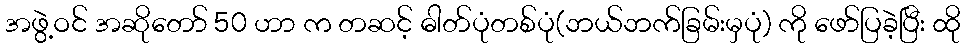
အဖွဲ့ဝင် အဆိုတော် 50 ဟာ က တဆင့် ဓါတ်ပုံတစ်ပုံ(ဘယ်ဘက်ခြမ်းမှပုံ) ကို ဖော်ပြခဲ့ပြီး ထို